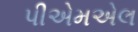
પીએમએલ